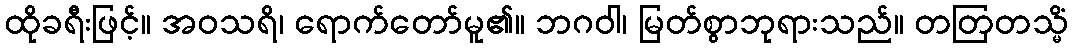
ထိုခရီးဖြင့်။ အဝသရိ၊ ရောက်တော်မူ၏။ ဘဂဝါ၊ မြတ်စွာဘုရားသည်။ တတြတသ္မိံ